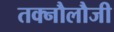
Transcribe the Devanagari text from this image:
तक्नौलौजी